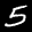
Label: 5